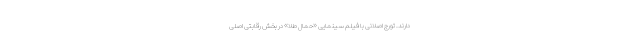
دارند. تورج اصلانی با فیلم سینمایی «حمال طلا» در بخش رقابتی اصلی